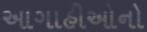
આગાહીઓનો